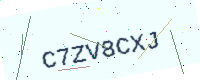
Text: C7ZV8CXJ